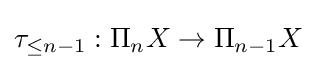
\tau _{\leq n-1}:\Pi _{n}X\to \Pi _{n-1}X